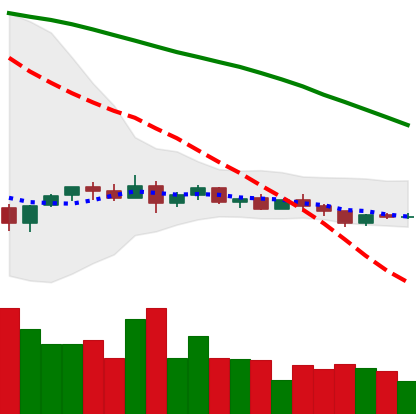
Ticker: XLM-USD
Chart end date: 2022-12-10
Forward return: -3.966%
Label: down_3_5